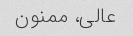
عالی، ممنون